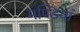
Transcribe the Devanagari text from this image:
मण्डियां